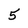
Character: 5